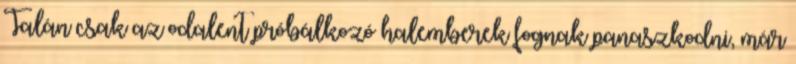
Talán csak az odalent próbálkozó halemberek fognak panaszkodni, már